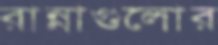
রান্নাগুলোর